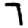
Digit: 7